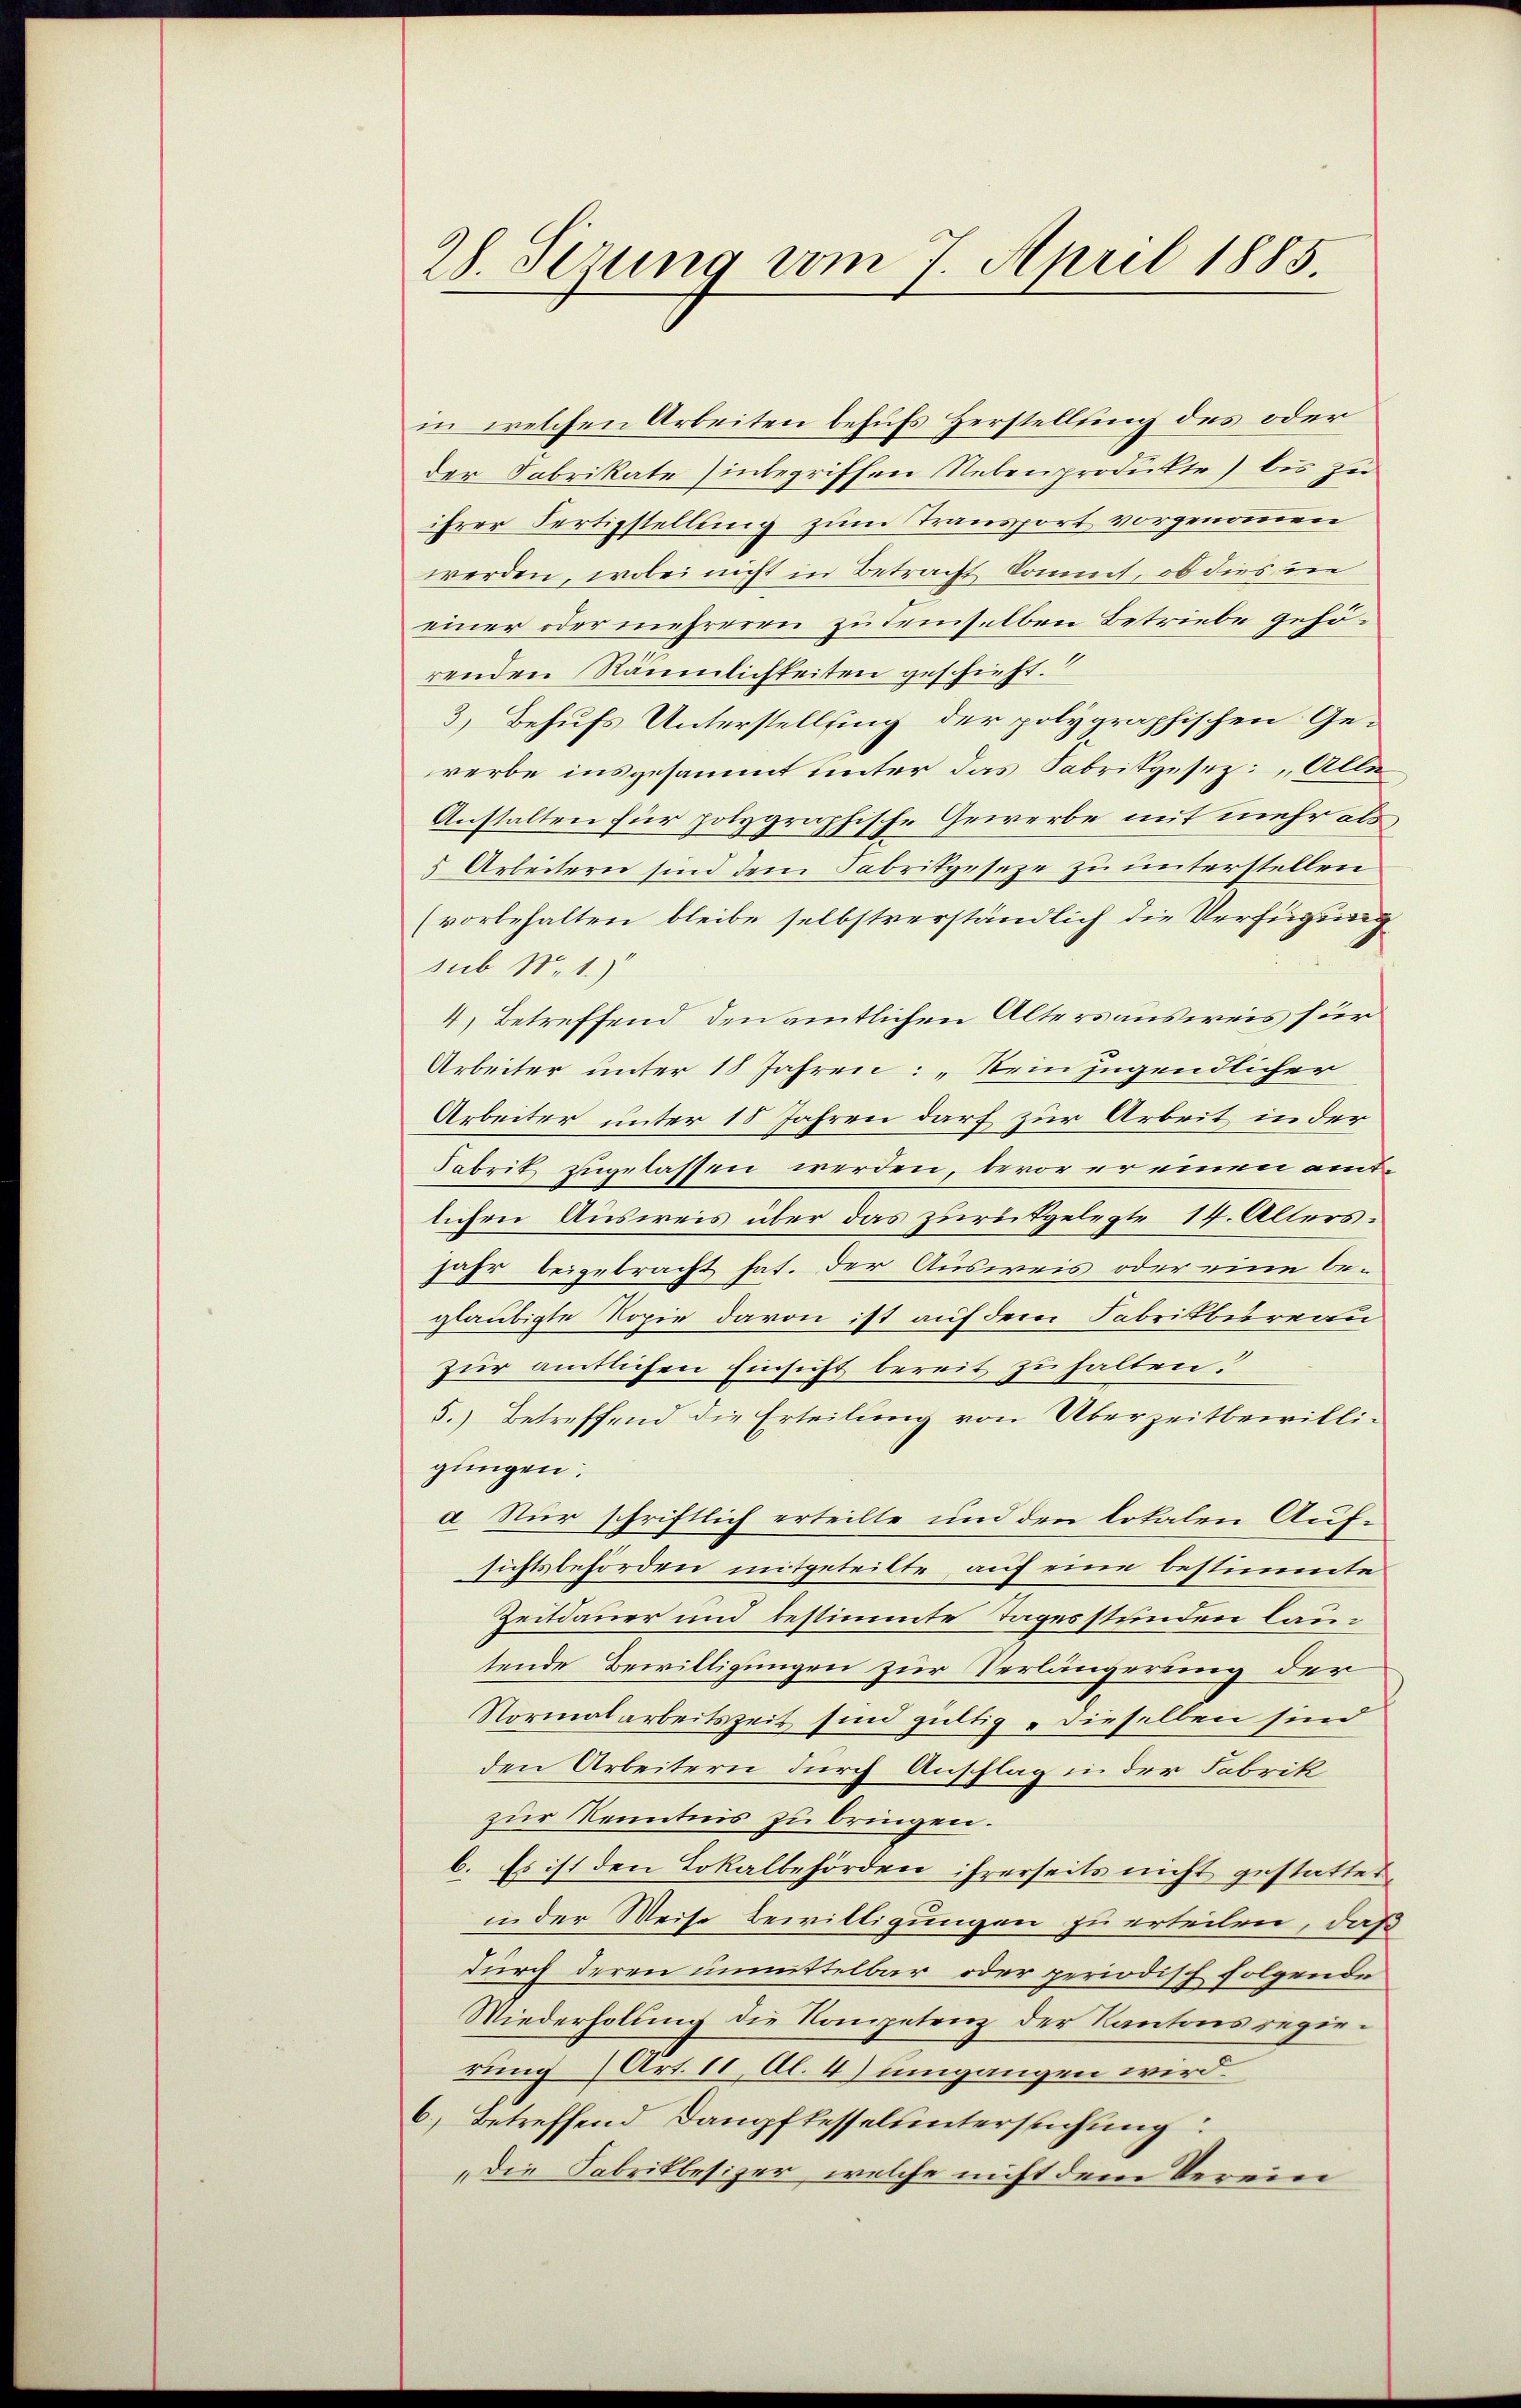
28. Sezung vom 7. April 1885.

in welchen Arbeiten behufs Herstellung des oder
der Fabrikate inbegriffen Nebenprodukte) bis zu
ihrer Fertigstellung zum Transport vorgenommen
werden, wobei nicht in Betracht kommt, ob dies in
einer oder mehreren zu demselben Betriebe gehörenden Räumlichkeiten geschieht.
3) Behufs Unterstellung der polygraphischen Gererbe insgesammt unter das Fabrikgesez: Alle
Anstalten für polygraphische Gewerbe mit mehr als
5 Arbeitern sind dem Fabrikgeseze zu unterstellen
(vorbehalten bleibe selbstverständlich die Verfügung
sub No. 1.)
4) Betreffend den amtlichen Altersausweis für
Arbeiter unter 18 Jahren: „Nein jugendlicher
Arbeiter unter 18 Jahren darf zur Arbeit in der
Fabrik zugelassen werden, bevor er einen amtlichen Ausweis über das zurückgelegte 14. Alters.
jahr beigebracht hat. Der Ausweis oder eine begläubigte Kopie davon ist auf dem Fabrikbureau
zur amtlichen Einsicht bereit zu halten?
5.) Betreffend die Erteilung von Überzeitbewilligungen.
a. Nur schriftlich erteilte und den totalen Aufsichtsbehörden mitgeteilte, auf eine bestimmte
Zeitdauer und bestimmte Tagesstunden lautende Bewilligungen zur Verlängerung der
Normalarbeitszeit sind gültig dieselben sind
den Arbeitern durch Anschlag in der Fabrik
zur Kenntnis zu bringen.
b. Es ist den Lokalbehörden ihrerseits nicht gestattet
in der Weise Bewilligungen zu erteilen, daß
durch deren unmittelbar oder periodisch folgende
Wiederholung die Kompetenz der Kantonsregierung (Art. 11, Al. 4) umgangen wird
6.) Betreffend Dampfkesseluntersuchung:
„die Fabrikbesizer, welche nicht dem Verein